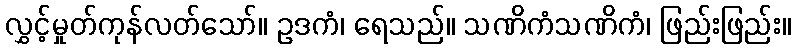
လွှင့်မှုတ်ကုန်လတ်သော်။ ဥဒကံ၊ ရေသည်။ သဏိကံသဏိကံ၊ ဖြည်းဖြည်း။